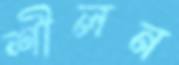
শীলন